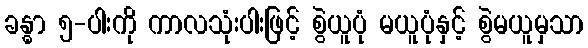
ခန္ဓာ ၅-ပါးကို ကာလသုံးပါးဖြင့် စွဲယူပုံ မယူပုံနှင့် စွဲမယူမှသာ